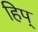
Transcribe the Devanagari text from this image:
हिप्